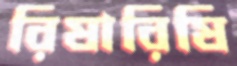
রিষারিষি